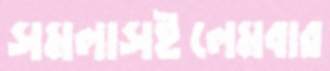
সমলাসইলেমবার